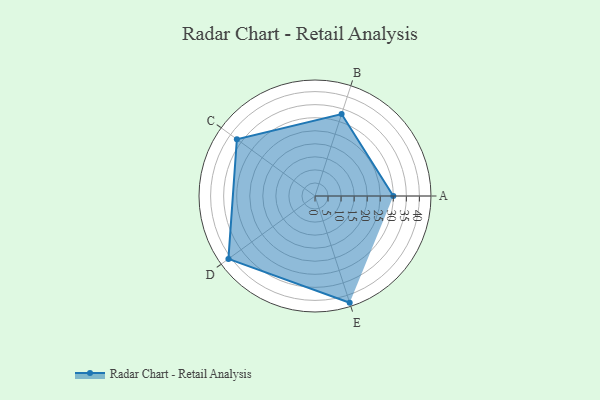
{"axis": {"x": "Skill", "y": "Score"}, "legend": ["Profile"], "data": [{"x": "A", "y": 30.0, "type": "Profile"}, {"x": "B", "y": 33.0, "type": "Profile"}, {"x": "C", "y": 37.0, "type": "Profile"}, {"x": "D", "y": 41.0, "type": "Profile"}, {"x": "E", "y": 43.0, "type": "Profile"}]}